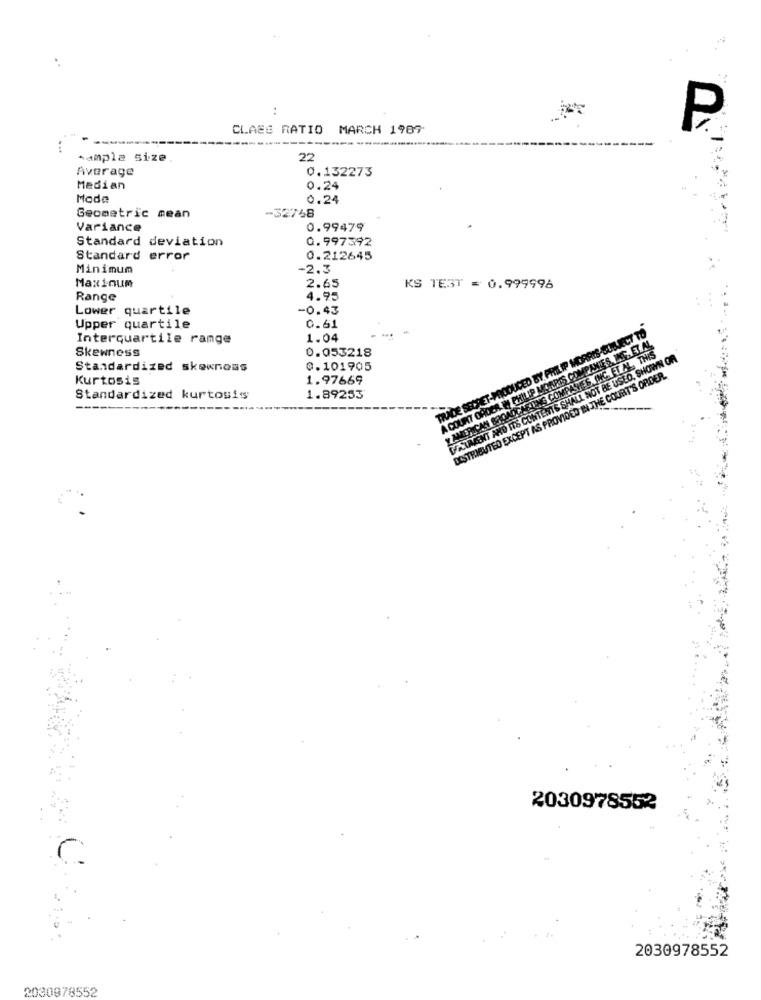
CLAES RATIO MARCH 1989
...
sample size
22
Average
0.132273
Median
0.24
Mode
0.24
Geometric mean
-32748
Variance
0.99479
Standard deviation
0.997392
Standard error
0.212645
Minimum
-2.3
Maxinum
2.65
KS TEST = 0.999996
Range
4.95
Lower quartile
-0.43
Upper quartile
0.61
TRADE SECRET-PRODUCED BY PHILIP MORRIS SUBJECT TO
Interquartile range
1.04
A COURT ORDER W PHILIP MORRIS COMPANIES, INC. ET.AL
Skewness
0.053218
Y AMERICAN BROADKAEDING COMPANIES INC. FT N. THIS
AUMENT AND ITS CONTENTS SHALL NOT BE USED, SHOWN OR
Standardized skewnoms
0.101905
EXSTRIBUTED EXCEPT AS PROVIDED IN THE COURT'S ORDER.
Kurtosis
1.97669
Standardized kurtosis
1.89253
2030978552
2030978552
2030978552